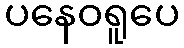
ပနေဝရူပေ